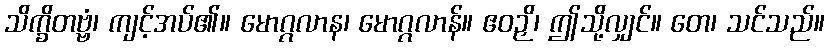
သိက္ခိတဗ္ဗံ၊ ကျင့်အပ်၏။ မောဂ္ဂလာန၊ မောဂ္ဂလာန်။ ဧဝဉှိ၊ ဤသို့လျှင်။ တေ၊ သင်သည်။